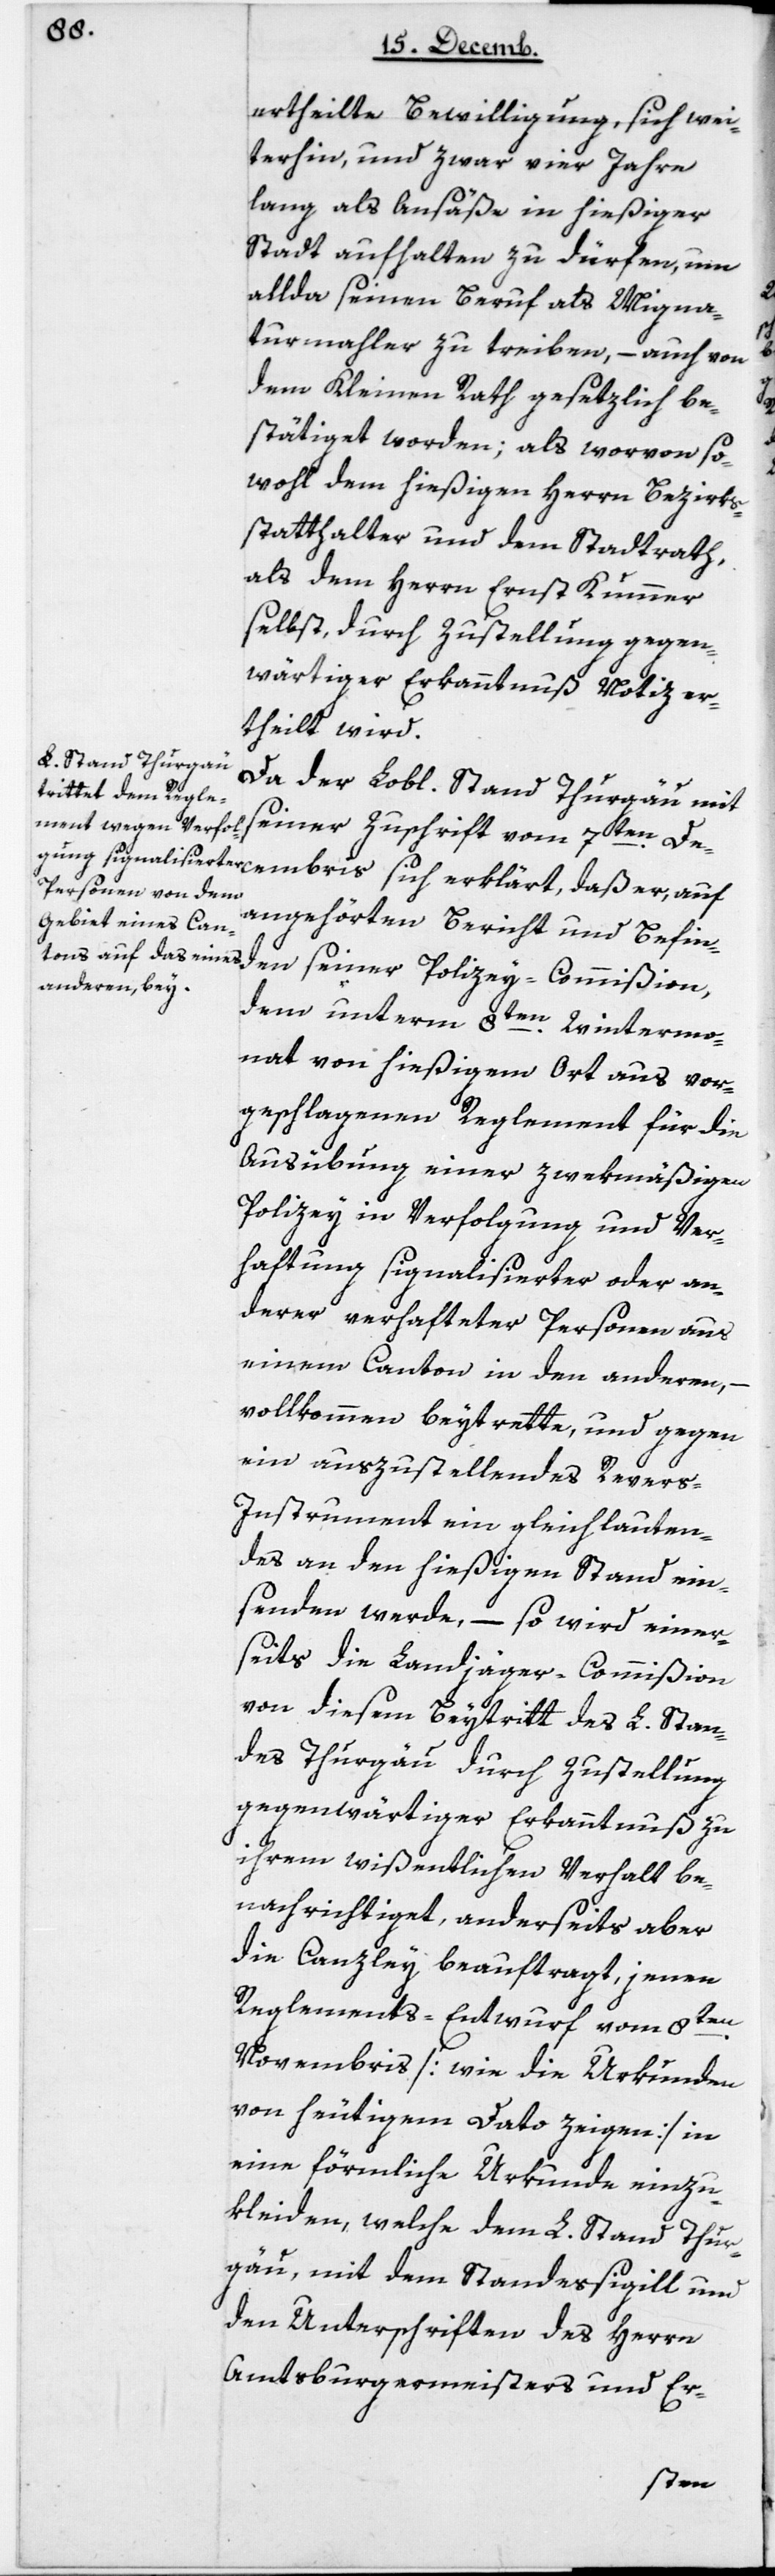
ertheilte Bewilligung, sich wei¬
terhin, und zwar vier Jahre
lang als Ansäße in hießiger
Stadt aufhalten zu dürfen, um
allda seinen Beruf als Migna¬
turmahler zu treiben, – auch von
dem Kleinen Rath gesetzlich be¬
stätiget worden; als worvon so¬
wohl dem hießigen Herrn Bezirks¬
statthalter und dem Stadtrath,
als dem Herrn Ernst Kummer
selbst, durch Zustellung gegen¬
wärtiger Erkanntnuß Notiz er¬
theilt wird.
Da der Lobl. Stand Thurgau mit
seiner Zuschrift vom 7ten De¬
angehörten Bericht und Befin¬
den seiner Polizey-Commißion,
dem unterm 8ten Wintermo¬
nat von hießigem Ort aus vor¬
geschlagenen Reglement für die
Ausübung einer zwekmäßigen
Polizey in Verfolgung und Ver¬
haftung signalisierter oder an¬
derer verhafteter Personen aus
einem Canton in den anderen, –
vollkommen beytrette, und gegen
ein auszustellendes Rever¬
s-Instrument ein gleichlauten¬
des an den hießigen Stand ein¬
senden werde, – so wird einer¬
seits die Landjäger-Commißion
von diesem Beytritt des L. Stan¬
des Thurgau durch Zustellung
gegenwärtiger Erkanntnuß zu
ihrem wißentlichen Verhalt be¬
nachrichtiget, anderseits aber
die Canzley beauftragt, jenen
Reglements-Entwurf vom 8ten
Novembris (wie die Urkunden
von heutigem Dato zeigen) in
eine förmliche Urkunde einzu¬
kleiden, welche dem L. Stand Thur¬
gau, mit dem Standessigill und
den Unterschriften des Herrn
Amtsburgermeisters und Er-
cembris